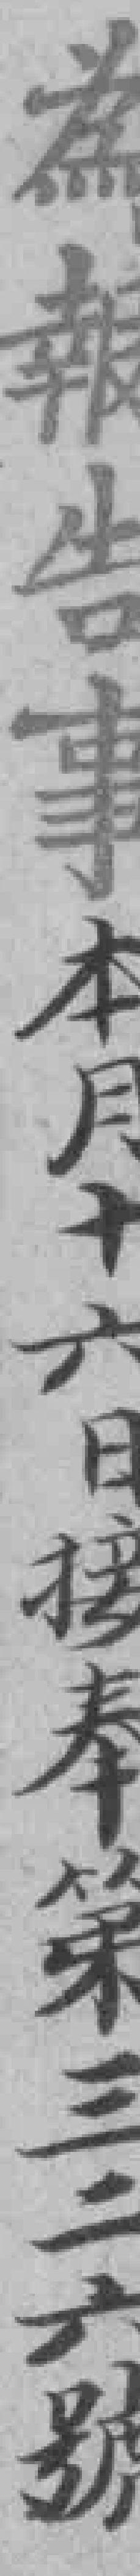
為報告事本月十六日接奉第三二六號